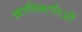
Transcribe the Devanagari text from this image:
क्रांतिकारिओं